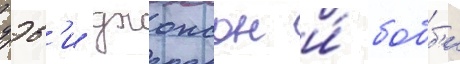
дэв'и джонсон и́ бобб'и